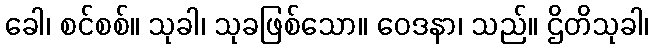
ခေါ၊ စင်စစ်။ သုခါ၊ သုခဖြစ်သော။ ဝေဒနာ၊ သည်။ ဌိတိသုခါ၊